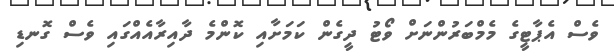
ވެސް އެޕާޓީގެ މެމްބަރުންނަށް ވޯޓު ދީގެން ކަމަށާއި ކޮންމެ ދާއިރާއެއްގައި ވެސް ގޮނޑި